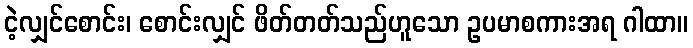
ငဲ့လျှင်စောင်း၊ စောင်းလျှင် ဖိတ်တတ်သည်ဟူသော ဥပမာစကားအရ ဂါထာ။